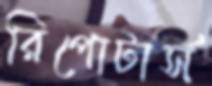
রিপোটার্স